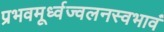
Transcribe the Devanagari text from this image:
प्रभवमूर्ध्वज्वलनस्वभावं